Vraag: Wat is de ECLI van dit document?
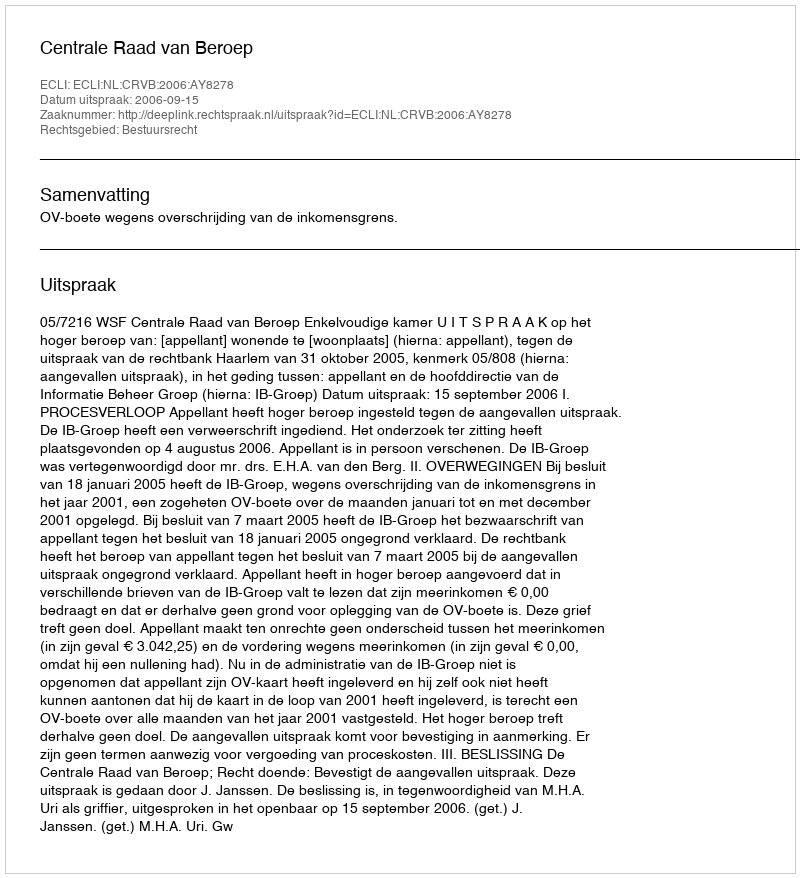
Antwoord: ECLI:NL:CRVB:2006:AY8278